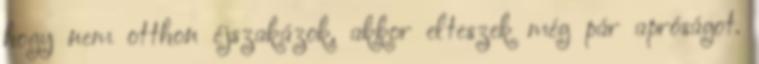
hogy nem otthon éjszakázok, akkor elteszek még pár apróságot.